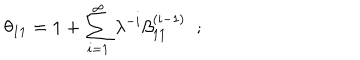
\theta _ { 1 1 } = 1 + \sum _ { i = 1 } ^ { \infty } \lambda ^ { - i } \beta _ { 1 1 } ^ { ( i - 1 ) } \; \; ; \; \;